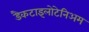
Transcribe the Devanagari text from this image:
डैकटाइलोटेनिअम